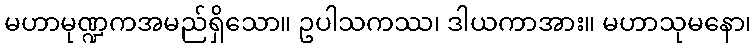
မဟာမုဏ္ဍကအမည်ရှိသော။ ဥပါသကဿ၊ ဒါယကာအား။ မဟာသုမနော၊